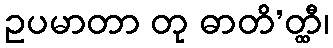
ဥပမာတာ တု ဓာတိ’တ္ထီ၊